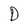
Character: D